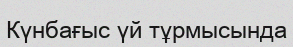
Күнбағыс үй тұрмысында